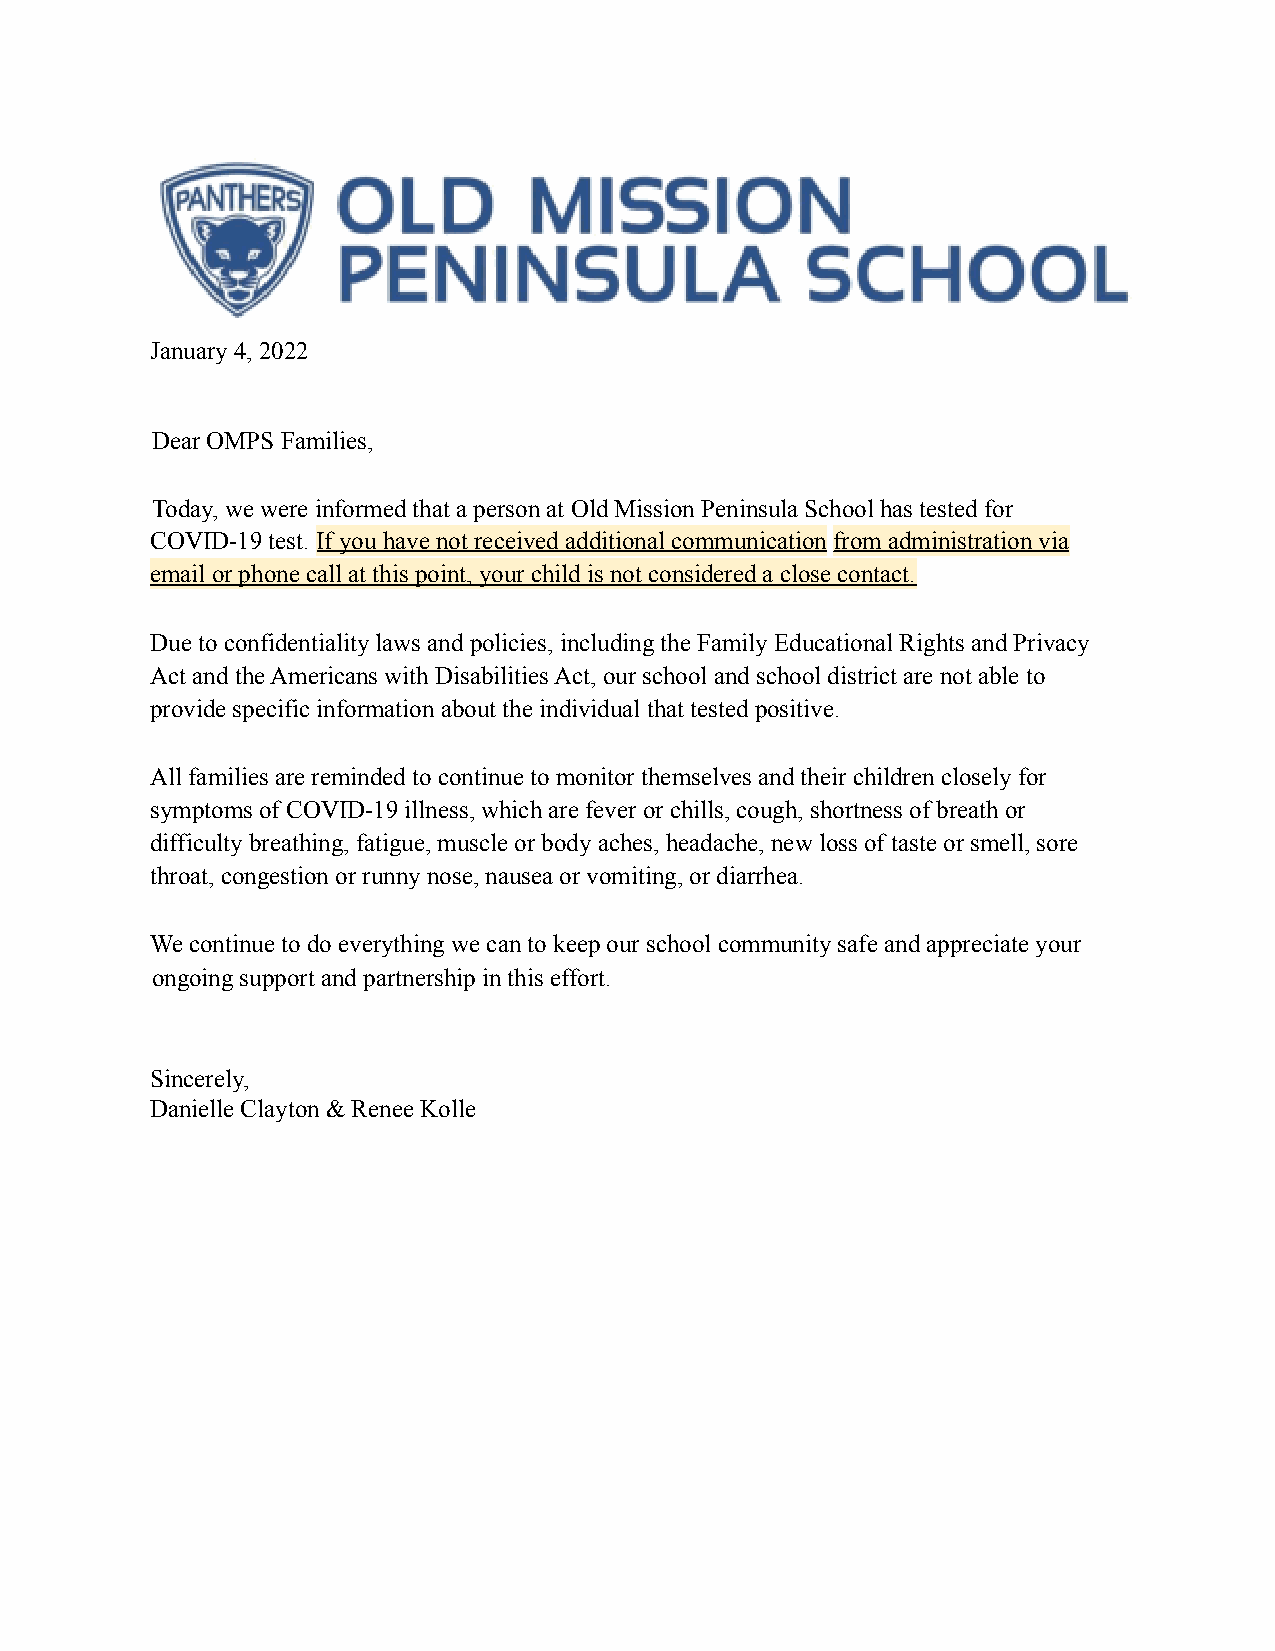
January 4, 2022
 Dear OMPS Families,
 Today, we were informed that a person at Old Mission Peninsula School has tested for
 COVID-19 test. If you have not received additional communicationfrom administration via
 email or phone call at this point, your child is not considered a close contact.
 Due to confidentiality laws and policies, including the Family Educational Rights and Privacy
 Act and the Americans with Disabilities Act, our school and school district are not able to
 provide specific information about the individual that tested positive.
 All families are reminded to continue to monitor themselves and their children closely for
 symptoms of COVID-19 illness, which are fever or chills, cough, shortness of breath or
 difficulty breathing, fatigue, muscle or body aches, headache, new loss of taste or smell, sore
 throat, congestion or runny nose, nausea or vomiting, or diarrhea.
 We continue to do everything we can to keep our school community safe and appreciate your
 ongoing support and partnership in this effort.
 Sincerely,
 Danielle Clayton & Renee Kolle